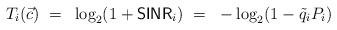
LaTeX: \begin{align*}T_i(\vec{c}) ~=~ \log_2(1+{\sf SINR}_i) ~=~ -\log_2(1-\tilde{q}_i P_i)\end{align*}